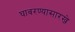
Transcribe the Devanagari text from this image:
घाबरण्यासारखे